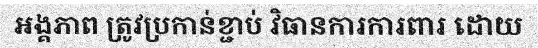
អង្គភាព ត្រូវប្រកាន់ខ្ជាប់ វិធានការការពារ ដោយ